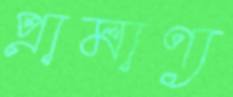
প্রামাণ্য